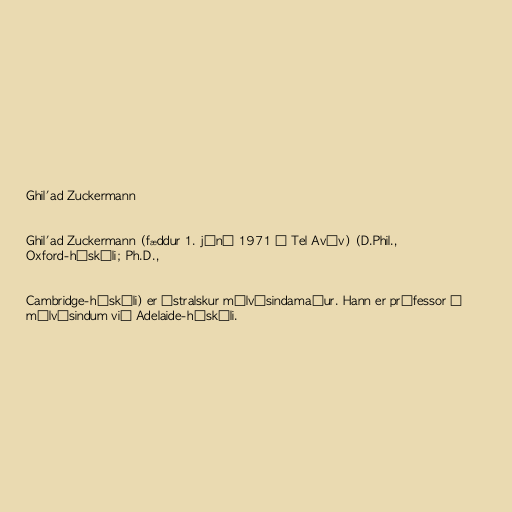
Ghil'ad Zuckermann

Ghil'ad Zuckermann (fæddur 1. júní 1971 í Tel Avív) (D.Phil.,
Oxford-háskóli; Ph.D.,

Cambridge-háskóli) er ástralskur málvísindamaður. Hann er prófessor í
málvísindum við Adelaide-háskóli.